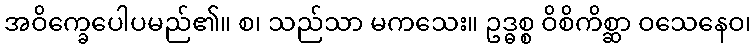
အဝိက္ခေပေါပမည်၏။ စ၊ သည်သာ မကသေး။ ဥဒ္ဓစ္စ ဝိစိကိစ္ဆာ ဝသေနေဝ၊